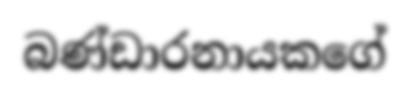
බණ්ඩාරනායකගේ